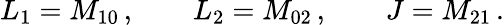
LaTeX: L_{1}=M_{10}\, ,\qquad L_{2}=M_{02}\, ,\qquad J=M_{21}\, .